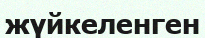
жүйкеленген